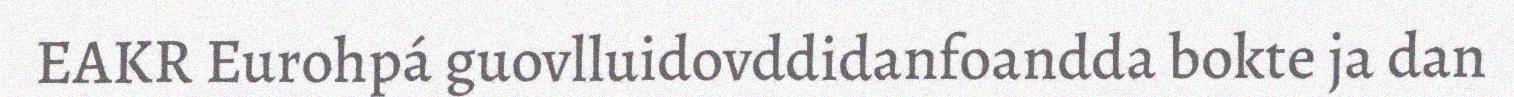
EAKR Eurohpá guovlluidovddidanfoandda bokte ja dan